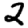
Digit: 2